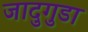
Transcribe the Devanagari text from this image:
जादुगुडा